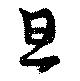
且